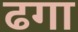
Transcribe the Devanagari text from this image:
ढगा